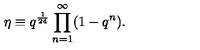
\eta \equiv q ^ { \frac 1 { 2 4 } } \prod _ { n = 1 } ^ { \infty } ( 1 - q ^ { n } ) .